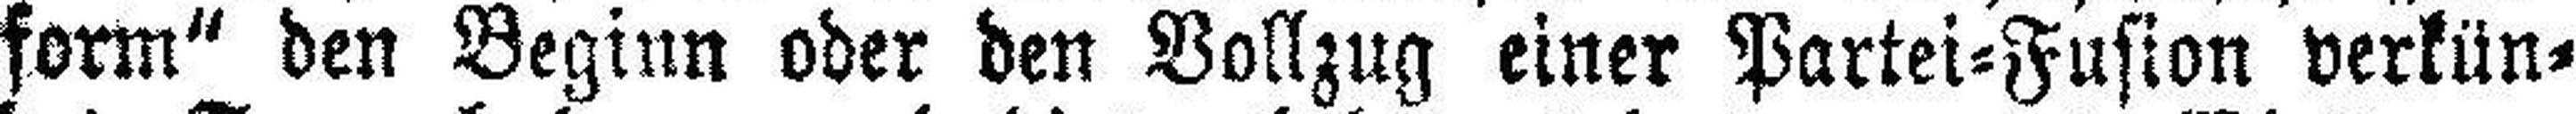
form“ den Beginn oder den Vollzug einer Partei=Fusion verkün¬